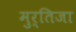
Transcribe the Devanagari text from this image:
मुर्तिजा